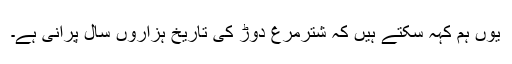
یوں ہم کہہ سکتے ہیں کہ شترمرغ دوڑ کی تاریخ ہزاروں سال پرانی ہے۔